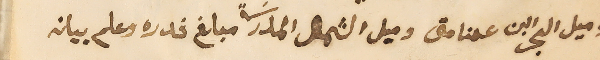
وميل البحر ابن عمنا متى وميل الشمال المدرسَة مبلغ قدره وعلم بيان